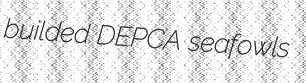
builded DEPCA seafowls